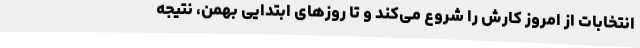
انتخابات از امروز کارش را شروع می‌کند و تا روزهای ابتدایی بهمن، نتیجه